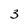
Character: 3